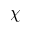
\chi